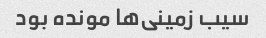
سیب زمینی‌ها مونده بود